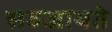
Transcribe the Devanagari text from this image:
सञ्जायते